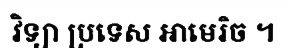
វិទ្យា ប្រទេស អាមេរិច ។